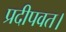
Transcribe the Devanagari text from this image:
प्रदीपवत।